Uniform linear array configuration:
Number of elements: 48
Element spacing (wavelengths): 0.5
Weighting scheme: hamming
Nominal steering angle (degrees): -30
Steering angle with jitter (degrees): -29.397
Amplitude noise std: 0.05
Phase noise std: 0.05

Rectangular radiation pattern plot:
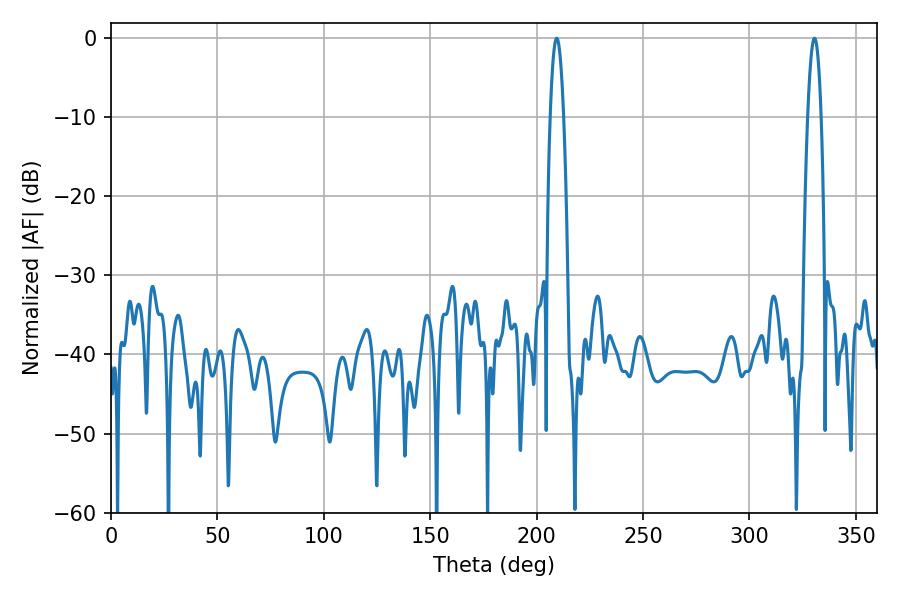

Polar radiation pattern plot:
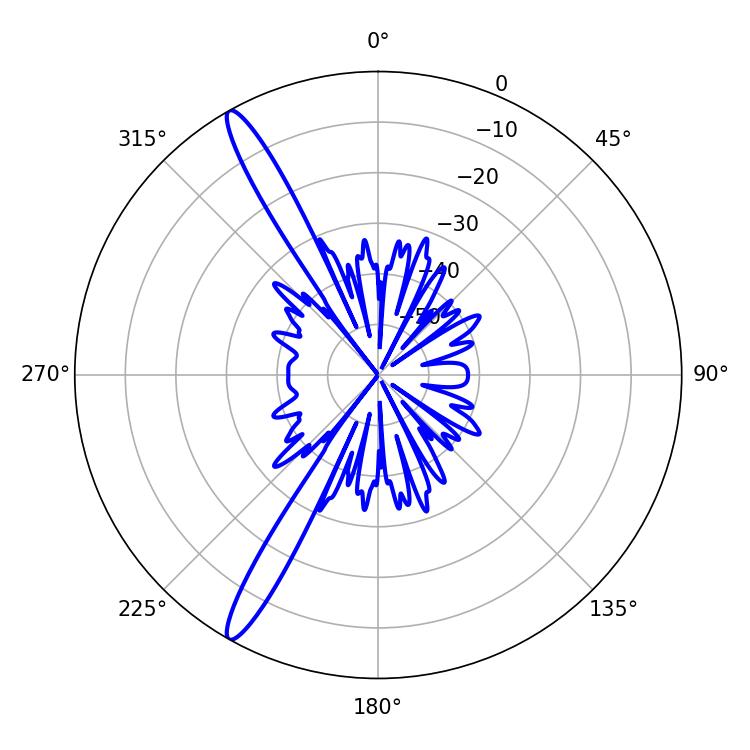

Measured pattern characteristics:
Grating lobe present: FALSE
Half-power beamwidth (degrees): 3.42
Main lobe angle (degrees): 209.34